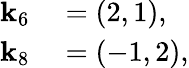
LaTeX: \begin{array}{rl}{\mathbf{k}_{6}}&{{}=\left(2,1\right),}\\ {\mathbf{k}_{8}}&{{}=\left(-1,2\right),}\end{array}